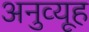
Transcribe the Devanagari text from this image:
अनुव्यूह